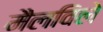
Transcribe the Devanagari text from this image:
मैलविले